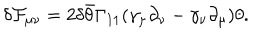
\delta { \cal F } _ { \mu \nu } = 2 \delta \bar { \theta } \Gamma _ { 1 1 } ( \gamma _ { \mu } \partial _ { \nu } - \gamma _ { \nu } \partial _ { \mu } ) \theta .